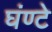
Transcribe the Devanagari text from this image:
घंण्टे